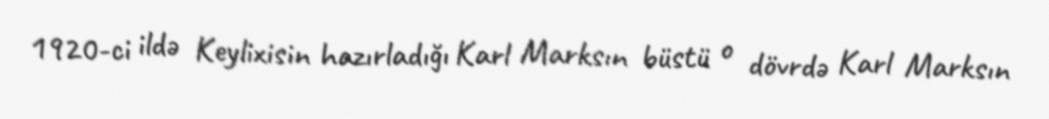
1920-ci ildə Keylixisin hazırladığı Karl Marksın büstü o dövrdə Karl Marksın